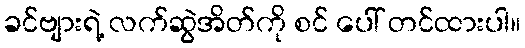
ခင်ဗျားရဲ့ လက်ဆွဲအိတ်ကို စင် ပေါ် တင်ထားပါ။